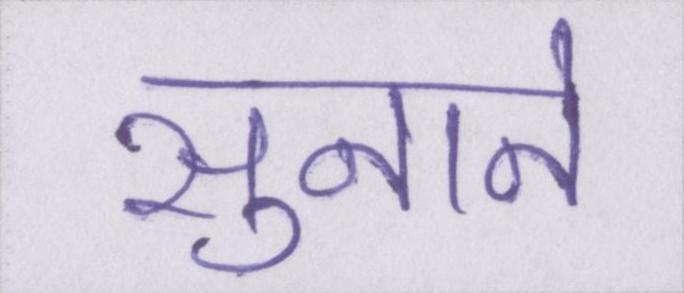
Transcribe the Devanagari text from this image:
सुनाने